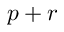
p + r